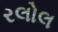
રલોલ